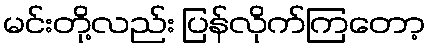
မင်းတို့လည်း ပြန်လိုက်ကြတော့